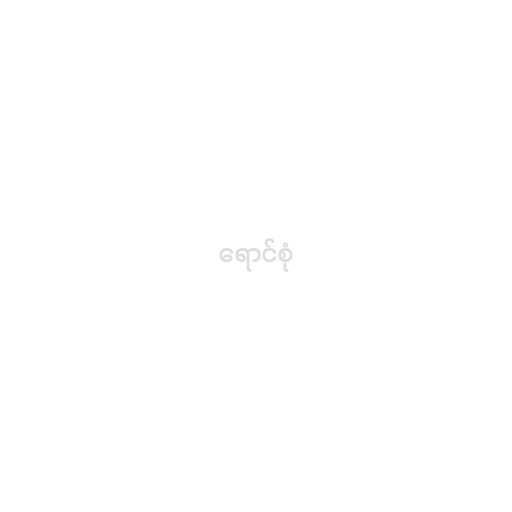
ရောင်စုံ